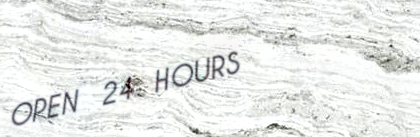
OPEN 24 HOURS